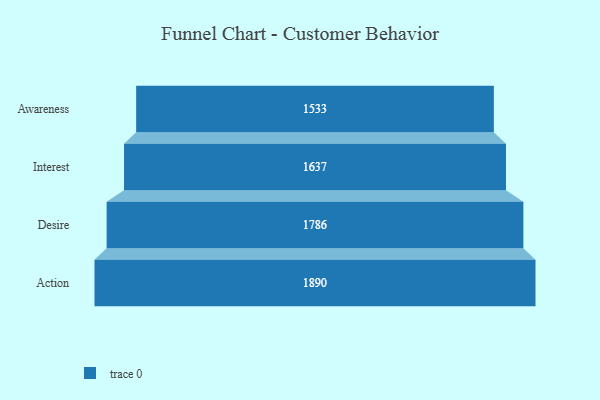
{"axis": {"x": "Stage", "y": "Value"}, "legend": [""], "data": [{"x": "Awareness", "y": 1533.0, "type": ""}, {"x": "Interest", "y": 1637.0, "type": ""}, {"x": "Desire", "y": 1786.0, "type": ""}, {"x": "Action", "y": 1890.0, "type": ""}]}